[Report on the health of British troops in the Madras command]
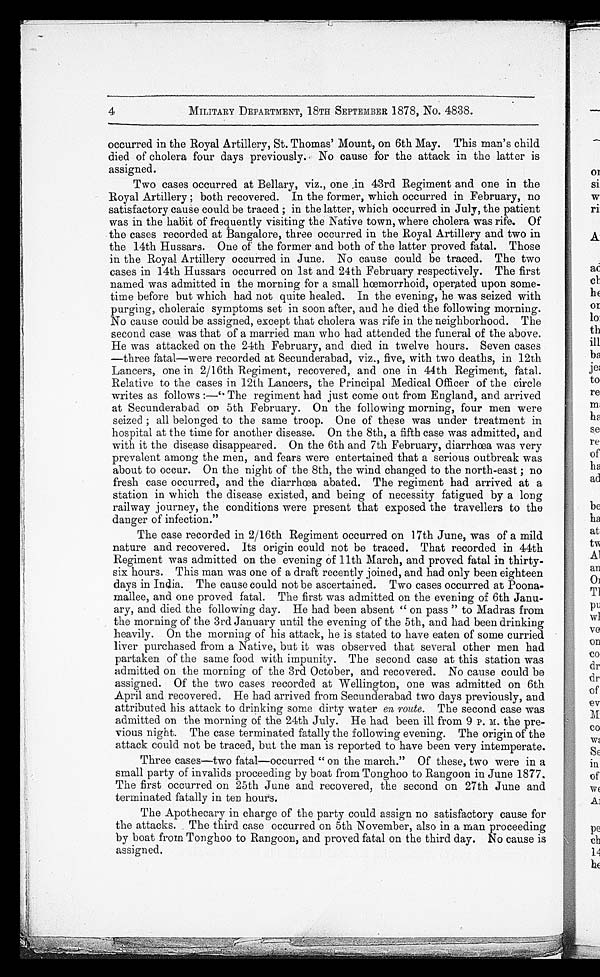
4
MILITARY DEPARTMENT, 18TH SEPTEMBER 1878, No. 4838.
occurred in the Royal Artillery, St. Thomas' Mount, on 6th May. This man's child
died of cholera four days previously. No cause for the attack in the latter is
assigned.
Two cases occurred at Bellary, viz., one in 43rd Regiment and one in the
Royal Artillery; both recovered. In the former, which occurred in February, no
satisfactory cause could be traced; in the latter, which occurred in July, the patient
was in the habit of frequently visiting the Native town, where cholera was rife. Of
the cases recorded at Bangalore, three occurred in the Royal Artillery and two in
the 14th Hussars. One of the former and both of the latter proved fatal. Those
in the Royal Artillery occurred in June. No cause could be traced. The two
cases in 14th Hussars occurred on 1st and 24th February respectively. The first
named was admitted in the morning for a small hœ morrhoid, operated upon some-
-time before but which had not quite healed. In the evening, he was seized with
purging, choleraic symptoms set in soon after, and he died the following morning.
No cause could be assigned, except that cholera was rife in the neighborhood. The
second case was that of a married man who had attended the funeral of the above.
He was attacked on the 24th February, and died in twelve hours. Seven cases
—three fatal—were recorded at Secunderabad, viz., five, with two deaths, in 12th
Lancers, one in 2/16th Regiment, recovered, and one in 44th Regiment, fatal.
Relative to the cases in 12th Lancers, the Principal Medical Officer of the circle
writes as follows :—"The regiment had just come out from England, and arrived
at Secunderabad on 5th February. On the following morning, four men were
seized; all belonged to the same troop. One of these was under treatment in
hospital at the time for another disease. On the 8th, a fifth case was admitted, and
with it the disease disappeared. On the 6th and 7th February, diarrhœ a was very
prevalent among the men, and fears were entertained that a serious outbreak was
about to occur. On the night of the 8th, the wind changed to the north-east; no
fresh case occurred, and the diarrhœa abated. The regiment had arrived at a
station in which the disease existed, and being of necessity fatigued by a long
railway journey, the conditions were present that exposed the travellers to the
danger of infection."
The case recorded in 2/16th Regiment occurred on 17th June, was of a mild
nature and recovered. Its origin could not be traced. That recorded in 44th
Regiment was admitted on the evening of 11th March, and proved fatal in thirty
-six hours. This man was one of a draft recently joined, and had only been eighteen
days in India. The cause could not be ascertained. Two cases occurred at Poona
-mallee, and one proved fatal. The first was admitted on the evening of 6th Janu
-ary, and died the following day. He had been absent "on pass" to Madras from
the morning of the 3rd January until the evening of the 5th, and had been drinking
heavily. On the morning of his attack, he is stated to have eaten of some curried
liver purchased from a Native, but it was observed that several other men had
partaken of the same food with impunity. The second case at this station was
admitted on the morning of the 3rd October, and recovered. No cause could be
assigned. Of the two cases recorded at Wellington, one was admitted on 6th
April and recovered. He had arrived from Secunderabad two days previously, and
attributed his attack to drinking some dirty water en route. The second case was
admitted on the morning of the 24th July. He had been ill from 9 P. M. the pre
-vious night. The case terminated fatally the following evening. The origin of the
attack could not be traced, but the man is reported to have been very intemperate.
Three cases—two fatal—occurred "on the march." Of these, two were in a
small party of invalids proceeding by boat from Tonghoo to Rangoon in June 1877.
The first occurred on 25th June and recovered, the second on 27th June and
terminated fatally in ten hours.
The Apothecary in charge of the party could assign no satisfactory cause for
the attacks. The third case occurred on 5th November, also in a man proceeding
by boat from Tonghoo to Rangoon, and proved fatal on the third day. No cause is
assigned.